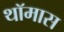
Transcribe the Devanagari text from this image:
थॉमास